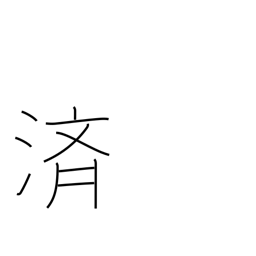
Meaning: relieve (burden)